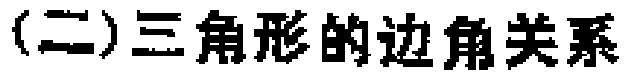
(二)三角形的边角关系